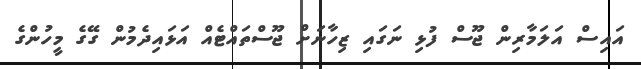
އައިސް އަލަމާރިން ޖޫސް ފުޅި ނަގައި ޒިހާނަށް ޖޫސްތައްޓެއް އަޅައިދެމުން ގޭގެ މީހުންގެ